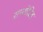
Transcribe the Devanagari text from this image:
सम्बोदित